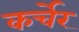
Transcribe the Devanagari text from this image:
कर्चेर